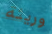
وريثة